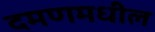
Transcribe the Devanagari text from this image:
दमणमधील